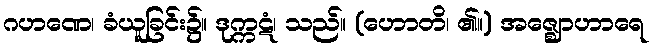
ဂဟဏေ၊ ခံယူခြင်း၌။ ဒုက္ကဋံ၊ သည်။ (ဟောတိ၊ ၏။) အဇ္ဈောဟာရေ